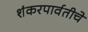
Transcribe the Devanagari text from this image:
शंकरपार्वतीचे